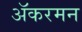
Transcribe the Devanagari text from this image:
ॲकरमन